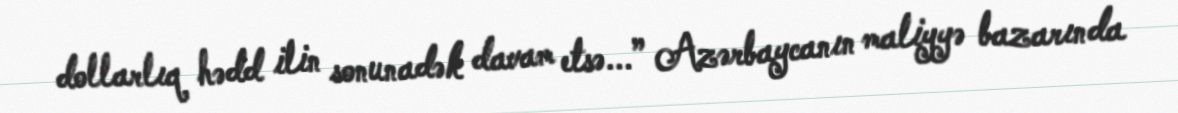
dollarlıq hədd ilin sonunadək davam etsə...” Azərbaycanın maliyyə bazarında